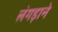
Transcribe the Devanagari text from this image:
लंगड़ाने